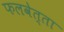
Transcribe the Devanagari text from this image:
फलवेत्ता